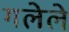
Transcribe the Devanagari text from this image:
गलेले